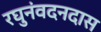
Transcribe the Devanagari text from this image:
रघुनंवदनदास